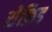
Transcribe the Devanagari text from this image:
सेफ्रिड